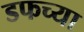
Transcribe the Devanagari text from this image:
डफच्या